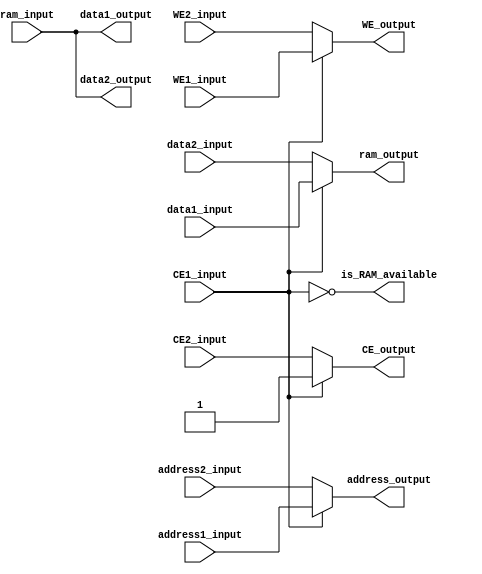
module Prio_RAM_Encoder 
#(
    parameter DATA_WIDTH = 8,
    parameter ADDRESS_WIDTH = 16
)(
    input WE1_input, WE2_input,
    input CE1_input, CE2_input,
    input[ADDRESS_WIDTH-1:0] address1_input, address2_input,
    input[DATA_WIDTH-1:0] data1_input, data2_input, ram_input,
    output[DATA_WIDTH-1:0] data1_output, data2_output, ram_output,
    output WE_output,
    output CE_output,
    output[ADDRESS_WIDTH-1:0] address_output,
    output is_RAM_available
);

    assign data1_output = ram_input;
    assign data2_output = ram_input;
    assign ram_output = CE1_input ? data1_input : data2_input;
    
    assign WE_output = CE1_input ? WE1_input : WE2_input;
    assign CE_output = CE1_input ? CE1_input : CE2_input;
    assign address_output = CE1_input ? address1_input : address2_input;
        
    assign is_RAM_available = !CE1_input;

endmodule